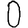
Digit: 0